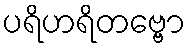
ပရိဟရိတဗ္ဗော